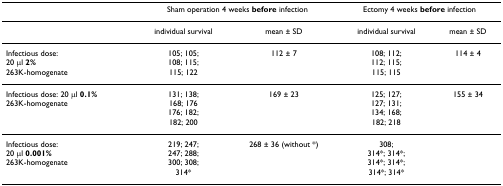
<table><thead><tr><td></td><td colspan="2"><b>Sham operation 4 weeks before infection</b></td><td colspan="2"><b>Ectomy 4 weeks before infection</b></td></tr></thead><tbody><tr><td></td><td>individual survival</td><td>mean ± SD</td><td>individual survival</td><td>mean ± SD</td></tr><tr><td>Infectious dose:20 μl <b>2%</b>263K-homogenate</td><td>105; 105;108; 115;115; 122</td><td>112 ± 7</td><td>108; 112;112; 115;115; 115</td><td>114 ± 4</td></tr><tr><td>Infectious dose: 20 μl <b>0.1%</b>263K-homogenate</td><td>131; 138;168; 176176; 182;182; 200</td><td>169 ± 23</td><td>125; 127;127; 131;134; 168;182; 218</td><td>155 ± 34</td></tr><tr><td>Infectious dose:20 μl <b>0.001%</b>263K-homogenate</td><td>219; 247;247; 288;300; 308;314*</td><td>268 ± 36 (without *)</td><td>308;314*; 314*;314*; 314*;314*; 314*</td><td></td></tr></tbody></table>